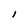
Character: l